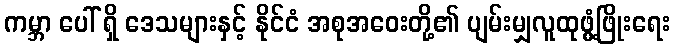
ကမ္ဘာ ပေါ် ရှိ ဒေသများနှင့် နိုင်ငံ အစုအဝေးတို့၏ ပျမ်းမျှလူထုဖွံ့ဖြိုးရေး